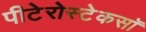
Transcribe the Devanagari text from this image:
पीटेरोस्टेकसॉ